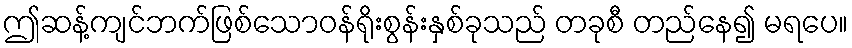
ဤဆန့်ကျင်ဘက်ဖြစ်သောဝန်ရိုးစွန်းနှစ်ခုသည် တခုစီ တည်နေ၍ မရပေ။